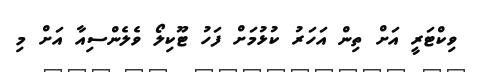
ވިކްޓަރީ އަށް ތިން އަހަރު ކުޅުމަށް ފަހު ޓޫކިލޯ ވެލެންސިއާ އަށް މި